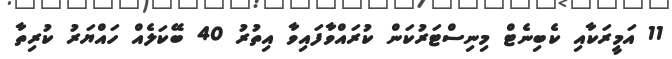
11 އަމީރަކާއި ކެބިނެޓް މިނިސްޓަރުކަން ކުރައްވާފައިވާ އިތުރު 40 ބޭކަލެއް ހައްޔަރު ކުރިތާ